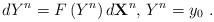
LaTeX: \begin{align*}dY^{n}=F \left( Y^{n}\right) d\mathbf{X}^{n},\,Y^{n}=y_{0} \ .\end{align*}